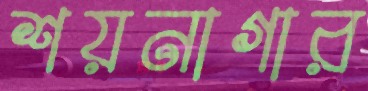
শয়নাগার